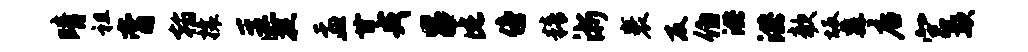
晴祖膏翰攘匡捉盂甘戎吕此傍精浙裹反伯洪洪欹坂纛店宫欺